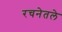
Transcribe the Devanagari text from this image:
रचनेतले